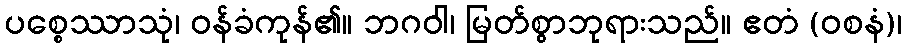
ပစ္စေဿာသုံ၊ ဝန်ခံကုန်၏။ ဘဂဝါ၊ မြတ်စွာဘုရားသည်။ ဧတံ (ဝစနံ)၊